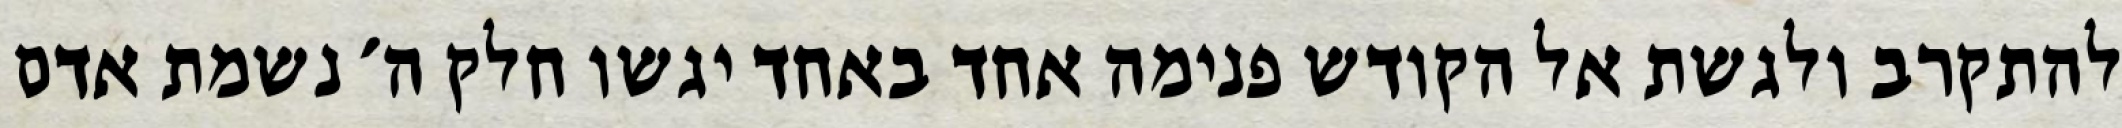
להתקרב ולגשת אל הקודש פנימה אחד באחד יגשו חלק ה׳ נשמת אדם